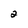
Character: 2